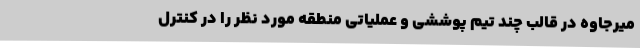
میرجاوه در قالب چند تیم پوششی و عملیاتی منطقه مورد نظر را در کنترل